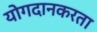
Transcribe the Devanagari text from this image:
योगदानकरता